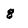
Character: g